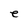
Character: e